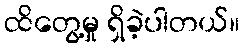
ထိတွေ့မှု ရှိခဲ့ပါတယ်။